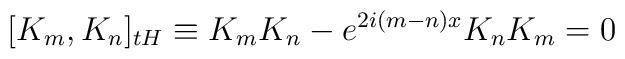
\lbrack K_{m},K_{n}]_{tH}\equiv K_{m}K_{n}-e^{2i(m-n)x}K_{n}K_{m}=0